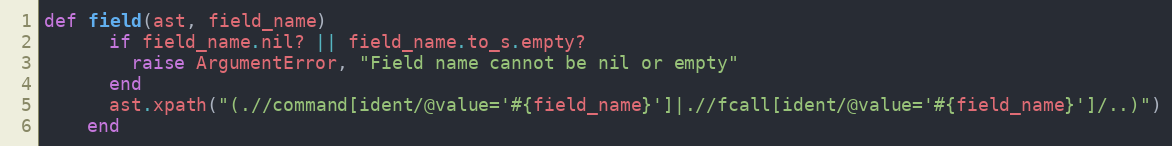
Language: Ruby
def field(ast, field_name)
      if field_name.nil? || field_name.to_s.empty?
        raise ArgumentError, "Field name cannot be nil or empty"
      end
      ast.xpath("(.//command[ident/@value='#{field_name}']|.//fcall[ident/@value='#{field_name}']/..)")
    end